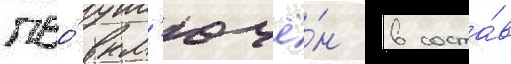
пво́ вкл'ючё́н в соста́в